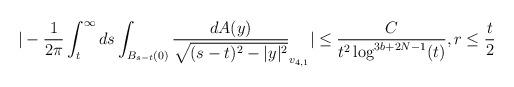
LaTeX: \begin{align*} &|-\frac{1}{2\pi} \int_{t}^{\infty} ds \int_{B_{s-t}(0)} \frac{dA(y)}{\sqrt{(s-t)^{2}-|y|^{2}}}_{v_{4,1}}|\leq \frac{C}{t^{2} \log^{3b+2N-1}(t)}, r \leq \frac{t}{2}\end{align*}